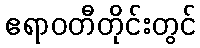
ဧရာဝတီတိုင်းတွင်